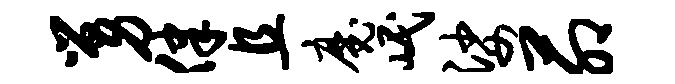
舅律且魔岷娑茆